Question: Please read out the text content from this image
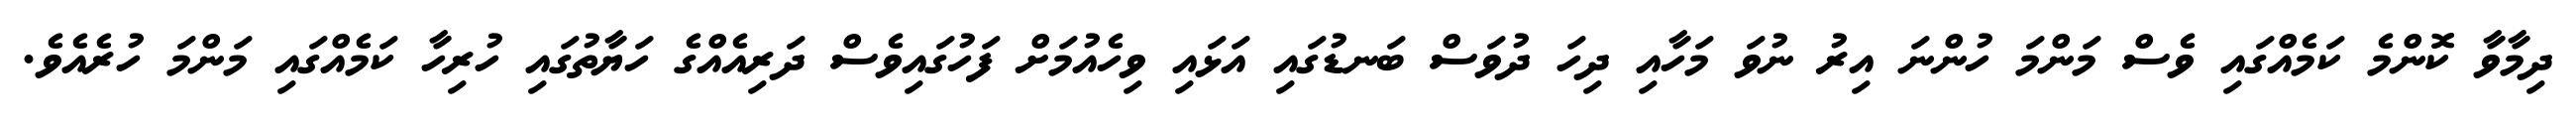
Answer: ދިމާވާ ކޮންމެ ކަމެއްގައި ވެސް މަންމަ ހުންނަ އިރު ނުވަ މަހާއި ދިހަ ދުވަސް ބަނޑުގައި އަޅައި ވިހެއުމަށް ފަހުގައިވެސް ދަރިއެއްގެ ހަޔާތުގައި ހުރިހާ ކަމެއްގައި މަންމަ ހުރެއެވެ.